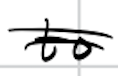
Text: to
Cross-out: double-line
Writing tool: digital_black